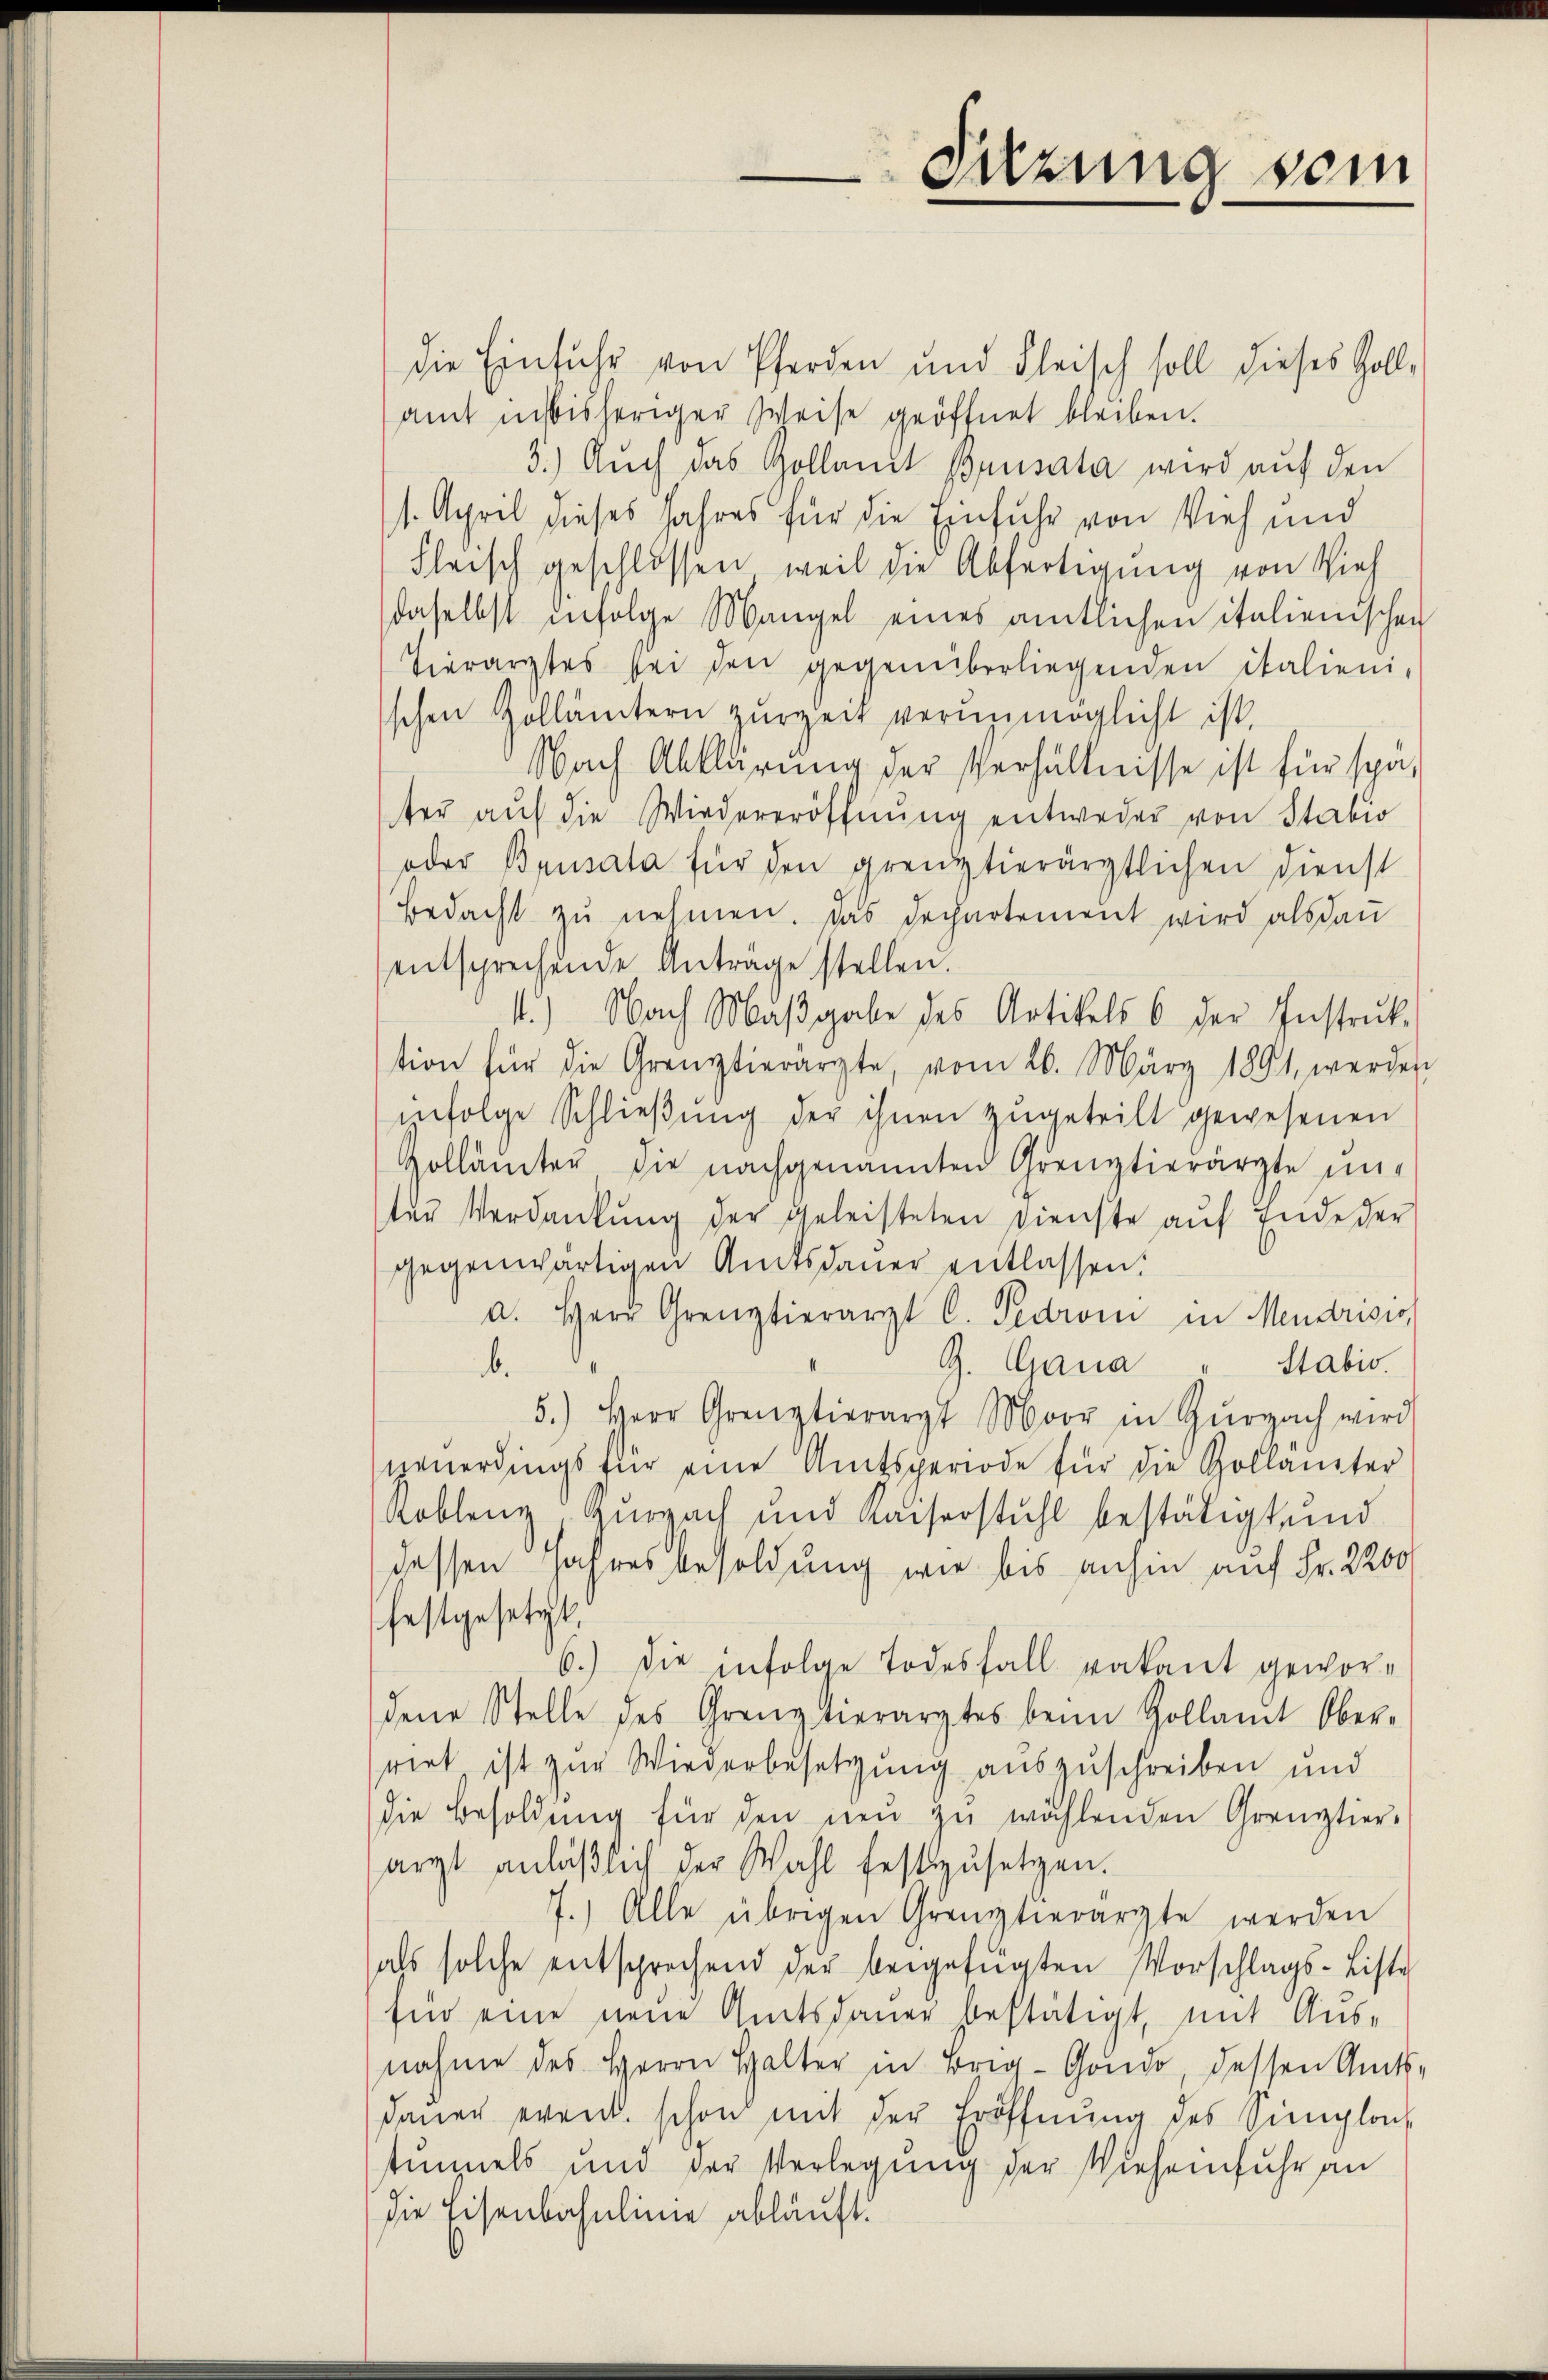
Suzung sein

die Einfuhr von Pferden und Fleisch soll dieses Zoll-
aut in bisheriger Weise geöffnet bleiben.
3.) Auch das Gollant Brüsata wird auf den
1. April dieses Jahres für die Einfuhr von Vieh und
Fleisch geschlossen, weil die Abfertigung von Sieh
daselbst infolge Mangel eines amtlichen italienischen
Hierarztes bei den gegenüberliegenden italieni-
schen Zollämtern zŭrzeit verunmöglicht ist.
Nach Abklärung der Verhältnisse ist für später aŭf die Wiedereröffnŭng entweder von Stabio
oder Brusala für den grenztierärztlichen Dienst
Bedacht zŭ nehmen. Das Dechartement wird als dau
entsprechende Anträge stellen.
.) Nach Maβgabe des Artikels 6 der Instruk-
tion für die Grenztierärzte, vom 26. März 1891 werden
infolge Schlieβŭng der ihnen zŭgeteilt gewesenen
Gollämter die nachgenannten Grenztierärzte un-
ter Verdankŭng der geleisteten Dienste aŭf Ende der
gegenwärtigen Amtsdauer entlassen:
a. Herr Grenztierarzt C. Pedrom in Mendrisis
G. Gana " Stabis.
b.
5.) Herr Grenztierarzt Moor in Zurzach wird
neuerdings für eine Amtsperiode für die Gollamter
Koblenz, Hurzach und Kaiserstuhl bestätigt und
dessen Jahresbesoldung wie bis anhin auf Fr. 2200
festgesetzt.
6.) Die infolge Todesfall vakant gewor-
dene Stelle des Grenz tierarztes beim Zollamt Ober-
rirt ist zur Wiederbesetzung auszuschreiben und
die Besoldŭng für den neŭ zŭ wählenden Grenztier-
arzt anläβlich der Wahl festzŭsetzen.
7.) Alle übrigen Grenztierarzte werden
als solche entsprechend der beigefügten Vorschlags-Liste
für eine neue Amtsdauer bestätigt, mit Aus-
nahme des Herrn Halter in Brig-Gondo, dessen Amts-
dauer even. schon mit der Eröffnung des Sigloh
tummels und der Verlegung der Vieheinfuhr an
die Eisenbahnlinie abläuft.